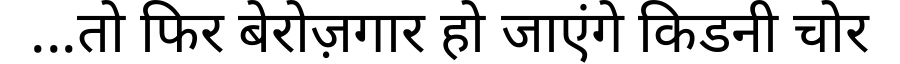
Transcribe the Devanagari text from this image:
...तो फिर बेरोज़गार हो जाएंगे किडनी चोर